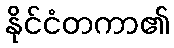
နိုင်ငံတကာ၏